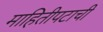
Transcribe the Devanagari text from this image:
माहितीपटाची